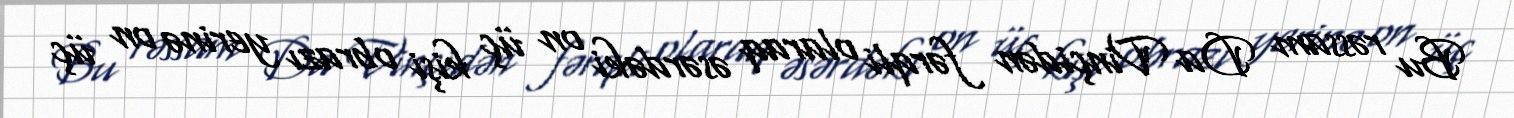
Bu rəssam Da Vinçidən fərqli olaraq əsərdəki on üç kişi obrazı yerinə on üç